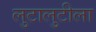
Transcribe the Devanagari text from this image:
लुटालुटीला